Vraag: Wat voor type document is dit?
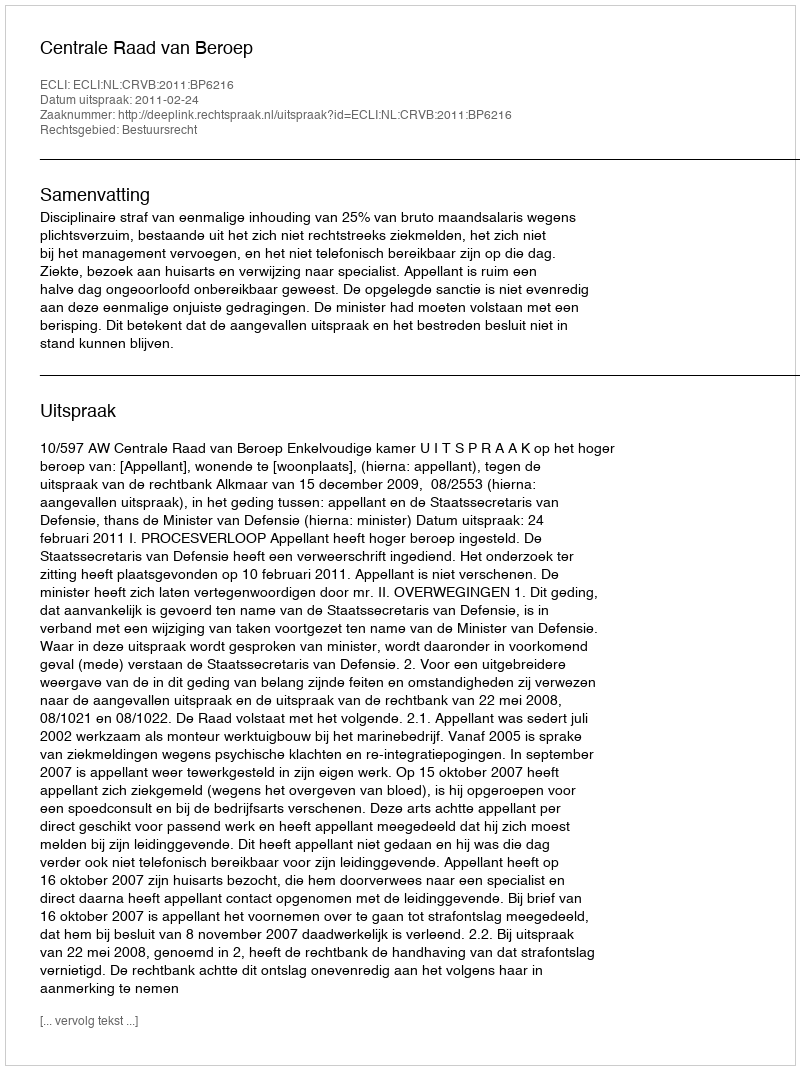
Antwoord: Uitspraak